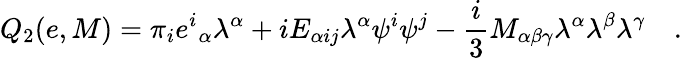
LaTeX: Q_{2}(e,M)=\pi_{i}{e^{i}}_{\alpha}\lambda^{\alpha}+iE_{\alpha ij}\lambda^{\alpha}\psi^{i}\psi^{j}-\frac{i}{3}M_{\alpha\beta\gamma}\lambda^{\alpha}\lambda^{\beta}\lambda^{\gamma}\quad.